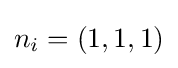
n_{i}=(1,1,1)